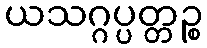
ယသဂ္ဂပ္ပတ္တဉ္စ